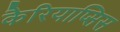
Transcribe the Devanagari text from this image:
कैरियाप्सिस